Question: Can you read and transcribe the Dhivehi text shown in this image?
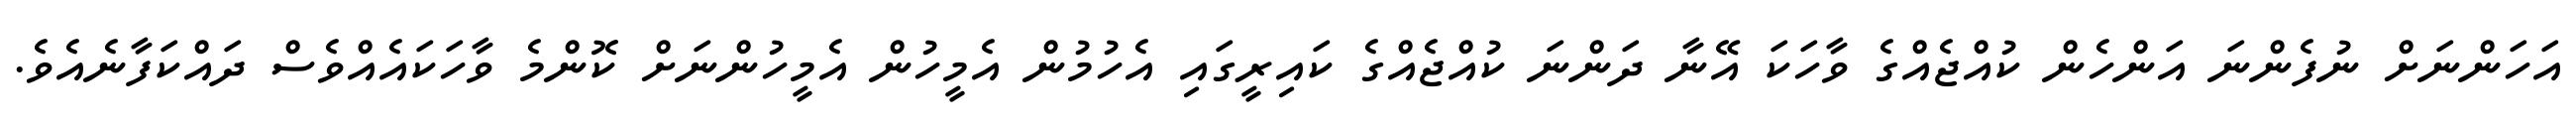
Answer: އަހަންނަށް ނުފެންނަ އަންހެން ކުއްޖެއްގެ ވާހަކަ އޭނާ ދަންނަ ކުއްޖެއްގެ ކައިރީގައި އެހުމުން އެމީހުން އެމީހުންނަށް ކޮންމެ ވާހަކައެއްވެސް ދައްކަފާނެއެވެ.